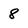
Character: 8